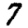
Digit: 7